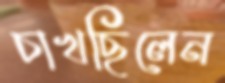
চাখছিলেন